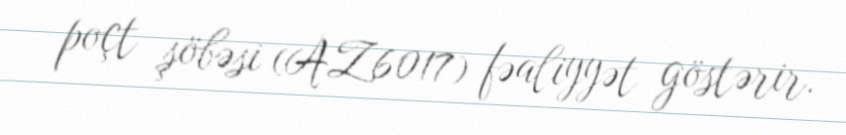
poçt şöbəsi (AZ6017) fəaliyyət göstərir.